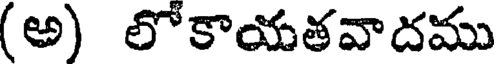
(అ) లోకాయతవాదము